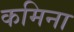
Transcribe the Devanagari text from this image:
कमिना